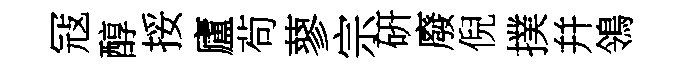
冦醇挼廬茍蓼宗硏廢倪撲幷鴒